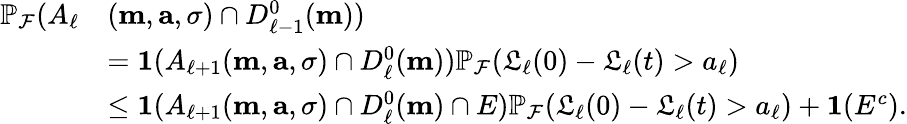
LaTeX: \begin{array}{rl}{\mathbb{P}_{\mathcal{F}}(A_{\ell}}&{(\mathbf{m},\mathbf{a},\sigma)\cap D_{\ell-1}^{0}(\mathbf{m}))}\\ &{=\mathbf{1}(A_{\ell+1}(\mathbf{m},\mathbf{a},\sigma)\cap D_{\ell}^{0}(\mathbf{m}))\mathbb{P}_{\mathcal{F}}(\mathfrak{L}_{\ell}(0)-\mathfrak{L}_{\ell}(t)>a_{\ell})}\\ &{\le\mathbf{1}(A_{\ell+1}(\mathbf{m},\mathbf{a},\sigma)\cap D_{\ell}^{0}(\mathbf{m})\cap E)\mathbb{P}_{\mathcal{F}}(\mathfrak{L}_{\ell}(0)-\mathfrak{L}_{\ell}(t)>a_{\ell})+\mathbf{1}(E^{c}).}\end{array}